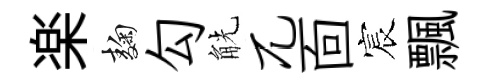
楽麹勾觥兀靣宸飄